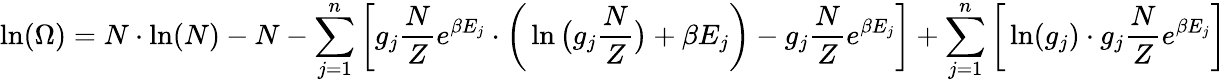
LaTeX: \ln(\Omega)=N\cdot\ln(N)-N-\sum_{j=1}^{n}\bigg[g_{j}\frac{N}{Z}e^{\beta E_{j}}\cdot\bigg(\ln\big(g_{j}\frac{N}{Z}\big)+\beta E_{j}\bigg)-g_{j}\frac{N}{Z}e^{\beta E_{j}}\bigg]+\sum_{j=1}^{n}\bigg[\ln(g_{j})\cdot g_{j}\frac{N}{Z}e^{\beta E_{j}}\bigg]